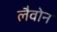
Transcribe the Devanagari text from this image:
लैवोन